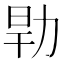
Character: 𰕹